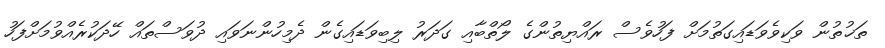
ތަޚުތުން ވަކިވެވަޑައިގަތުމަށް ފަހުވެސް ރައްޔިތުންގެ ލޯތްބާއި ގަދަރު ލިބިވަޑައިގެން ދެމިހުންނަވައި ދުވަސްތައް ހޭދަކުރެއްވުމަށްފަހު